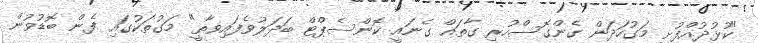
"ކުޅުދުއްފުށީ މަގުހަދަން ގެންގޮސްހުރި ގާތައް ގެނައީ ކޮންސެޕްޓް ބަދަލުވެފައިވާތީ" މަގުތަކުގައި ފެން ބޮޑުވުން